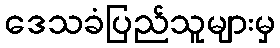
ဒေသခံပြည်သူများမှ